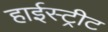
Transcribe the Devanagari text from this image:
हाईस्ट्रीट